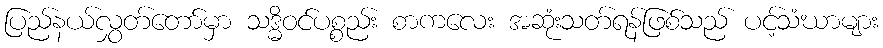
ပြည်နယ်လွှတ်တော်မှာ သဒ္ဓိဝင်ပစ္စည်း စာကလေး အဆုံးသတ်ရန်ဖြစ်သည် ပင့်သံဃာများ